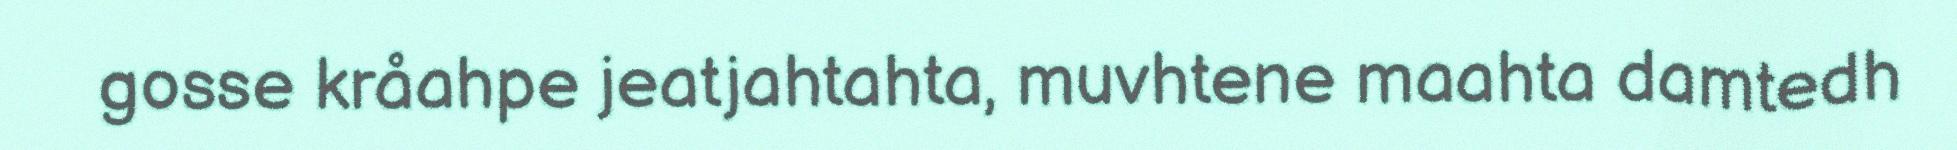
gosse kråahpe jeatjahtahta, muvhtene maahta damtedh